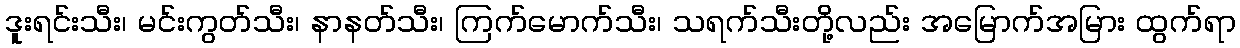
ဒူးရင်းသီး၊ မင်းကွတ်သီး၊ နာနတ်သီး၊ ကြက်မောက်သီး၊ သရက်သီးတို့လည်း အမြောက်အမြား ထွက်ရာ